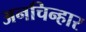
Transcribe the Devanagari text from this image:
अनचिन्हार